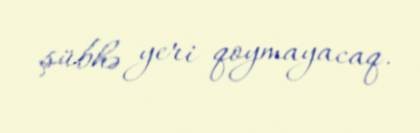
şübhə yeri qoymayacaq.